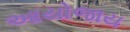
આયોજાય